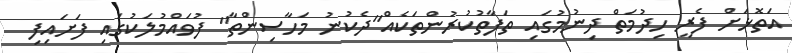
އަތޮޅަށް ފެރީ ހިދުމަތް ދިނުމުގައި ތަފާތުކުރުންތަކެއް"ދެކުނު މަހާސިންތާ" ފުވައްމުލަކުގައި ފަށައިފި